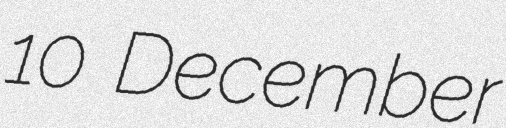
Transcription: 10 December